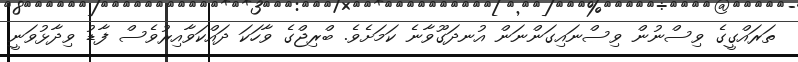
ތަރައްގީގެ ވިސްނުން ވިސްނައިގަންނަން އުނދަގޫވާނެ ކަމަށެވެ. ބްރިޖްގެ ވާހަކަ ދައްކަވާއިރުވެސް ފާޑު ވިދާޅުވަނީ